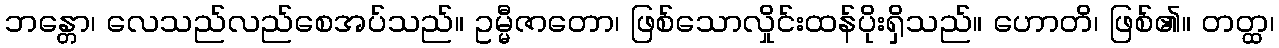
ဘန္တော၊ လေသည်လည်စေအပ်သည်။ ဥမ္မီဇာတော၊ ဖြစ်သောလှိုင်းထန်ပိုးရှိသည်။ ဟောတိ၊ ဖြစ်၏။ တတ္ထ၊